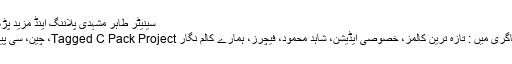
سینیٹر طاہر مشہدی پلاننگ اینڈ مزید پڑھیں
کیٹاگری میں : تازہ ترین کالمز، خصوصی ایڈیشن، شاہد محمود، فیچرز، ہمارے کالم نگار Tagged C Pack Project، چین، سی پیک۔